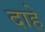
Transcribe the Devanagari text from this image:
दाहे